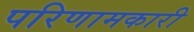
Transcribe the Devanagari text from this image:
परिणामकारी